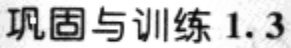
巩固与训练 1.3